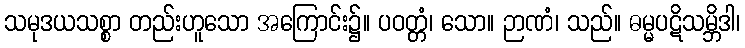
သမုဒယသစ္စာ တည်းဟူသော အကြောင်း၌။ ပဝတ္တံ၊ သော။ ဉာဏံ၊ သည်။ ဓမ္မပဋိသမ္ဘိဒါ၊